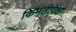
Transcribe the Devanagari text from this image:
किमतीपेक्षा